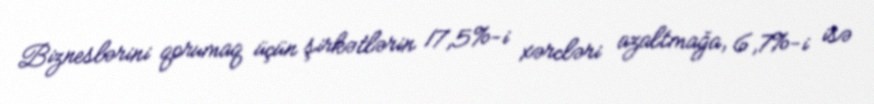
Bizneslərini qorumaq üçün şirkətlərin 17,5%-i xərcləri azaltmağa, 6,7%-i isə